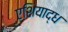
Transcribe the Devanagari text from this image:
एशियाद्ध